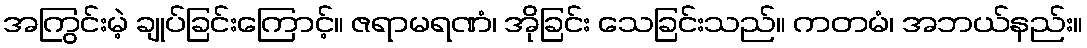
အကြွင်းမဲ့ ချုပ်ခြင်းကြောင့်။ ဇရာမရဏံ၊ အိုခြင်း သေခြင်းသည်။ ကတမံ၊ အဘယ်နည်း။